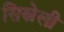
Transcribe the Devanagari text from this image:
सिस्रेली